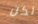
لكن